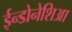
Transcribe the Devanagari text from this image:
ईन्डोनेशिआ